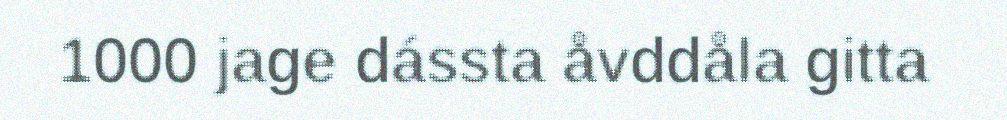
1000 jage dássta åvddåla gitta